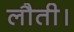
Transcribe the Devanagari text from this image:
लौती।